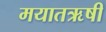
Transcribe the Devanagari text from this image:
मयातऋषी